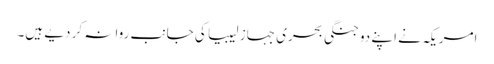
امریکہ نے اپنے دو جنگی بحری جہاز لیبیا کی جانب روانہ کر دیے ہیں۔